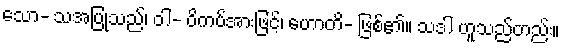
သော- သအပြုသည်၊ ဝါ- ဝိကပ်အားဖြင့်၊ ဟောတိ- ဖြစ်၏။ သဒါ ဟူသည်တည်း။